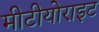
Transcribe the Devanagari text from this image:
मीटीयोराइट